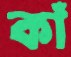
কাঁ